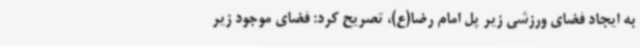
به ایجاد فضای ورزشی زیر پل امام رضا(ع)، تصریح کرد: فضای موجود زیر